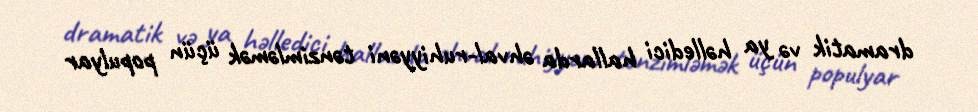
dramatik və ya həlledici hallarda əhval-ruhiyyəni tənzimləmək üçün populyar